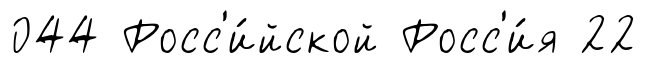
044 Росс'и́йской Росс'и́я 22